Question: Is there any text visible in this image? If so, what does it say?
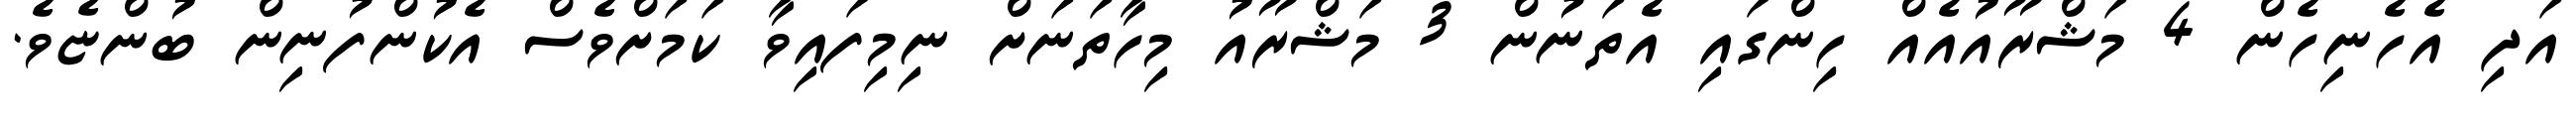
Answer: އަދި އެހެނިހެން 4 މަޝްރޫއުއެއް ހިންގައި އެތަނުން 3 މަޝްރޫއު މިހާތަނަށް ނިމިފައިވާ ކަމަށްވެސް އެކުންފުނިން ބުންޏެވެ.